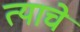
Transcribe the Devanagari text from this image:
त्याचेे